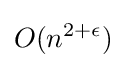
O(n^{2+\epsilon })